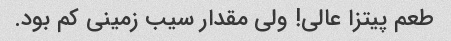
طعم پیتزا عالی! ولی مقدار سیب زمینی کم بود.